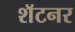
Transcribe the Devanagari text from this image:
शॅटनर